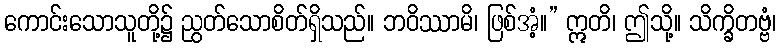
ကောင်းသောသူတို့၌ ညွတ်သောစိတ်ရှိသည်။ ဘဝိဿာမိ၊ ဖြစ်အံ့။” ဣတိ၊ ဤသို့။ သိက္ခိတဗ္ဗံ၊